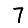
Digit: 7